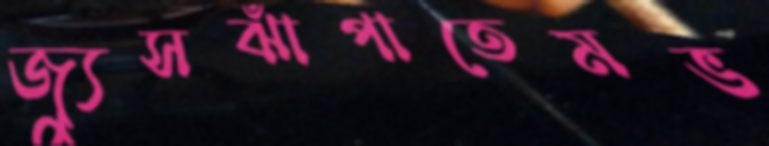
জ্যুসঝাঁপাতেমভ